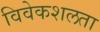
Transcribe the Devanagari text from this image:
विवेकशलता